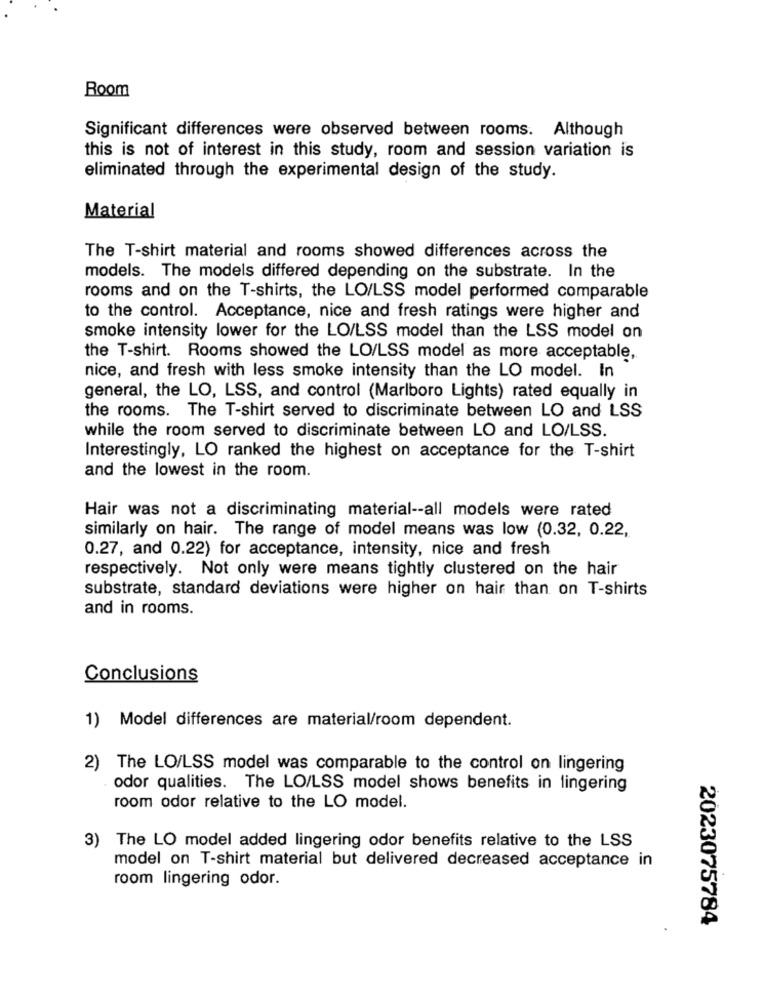
Room
Significant differences were observed between rooms. Although
this is not of interest in this study, room and session variation is
eliminated through the experimental design of the study.
Material
The T-shirt material and rooms showed differences across the
models. The models differed depending on the substrate. In the
rooms and on the T-shirts, the LO/LSS model performed comparable
to the control. Acceptance, nice and fresh ratings were higher and
smoke intensity lower for the LO/LSS model than the LSS model on
the T-shirt. Rooms showed the LO/LSS model as more acceptable,
nice, and fresh with less smoke intensity than the LO model. In
general, the LO, LSS, and control (Marlboro Lights) rated equally in
the rooms. The T-shirt served to discriminate between LO and LSS
while the room served to discriminate between LO and LO/LSS.
Interestingly, LO ranked the highest on acceptance for the T-shirt
and the lowest in the room.
Hair was not a discriminating material -- all models were rated
similarly on hair. The range of model means was low (0.32, 0.22,
0.27, and 0.22) for acceptance, intensity, nice and fresh
respectively. Not only were means tightly clustered on the hair
substrate, standard deviations were higher on hair than on T-shirts
and in rooms.
Conclusions
1) Model differences are material/room dependent.
2) The LO/LSS model was comparable to the control on lingering
odor qualities. The LO/LSS model shows benefits in lingering
room odor relative to the LO model.
3) The LO model added lingering odor benefits relative to the LSS
model on T-shirt material but delivered decreased acceptance in
room lingering odor.
2023075784